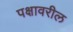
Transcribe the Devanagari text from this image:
पक्षावरील